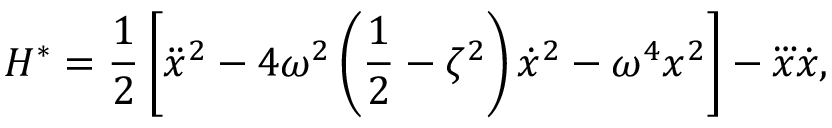
H ^ { * } = \frac { 1 } { 2 } \left[ \ddot { x } ^ { 2 } - 4 \omega ^ { 2 } \left( \frac { 1 } { 2 } - \zeta ^ { 2 } \right) \dot { x } ^ { 2 } - \omega ^ { 4 } x ^ { 2 } \right] - \dddot { x } \dot { x } ,